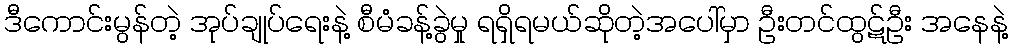
ဒီကောင်းမွန်တဲ့ အုပ်ချုပ်ရေးနဲ့ စီမံခန့်ခွဲမှု ရရှိရမယ်ဆိုတဲ့အပေါ်မှာ ဦးတင်ထွဋ်ဦး အနေနဲ့